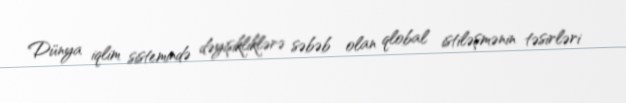
Dünya iqlim sistemində dəyişikliklərə səbəb olan qlobal istiləşmənin təsirləri